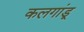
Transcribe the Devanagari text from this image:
कलगांडू